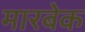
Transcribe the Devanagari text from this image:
मारबेक